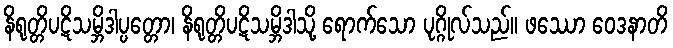
နိရုတ္တိပဋိသမ္ဘိဒါပ္ပတ္တော၊ နိရုတ္တိပဋိသမ္ဘိဒါသို့ ရောက်သော ပုဂ္ဂိုလ်သည်။ ဖဿော ဝေဒနာတိ